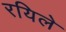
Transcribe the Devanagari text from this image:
रयिले